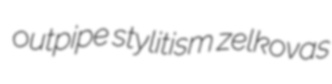
outpipe stylitism zelkovas